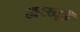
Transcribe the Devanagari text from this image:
अरस्तुई